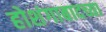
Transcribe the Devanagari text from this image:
होशंगाबादच्या